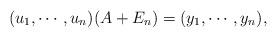
LaTeX: \begin{align*}(u_1,\cdots,u_n)(A+E_n)= (y_1,\cdots,y_n), \end{align*}